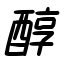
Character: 醇